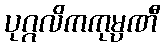
ပုဂ္ဂလိကကုမ္ပဏီ